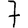
Digit: 7